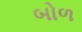
બોળ